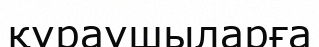
құраушыларға